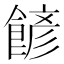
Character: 𩜽